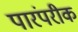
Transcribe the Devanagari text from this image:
पारंपरीक